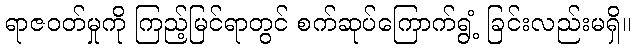
ရာဇဝတ်မှုကို ကြည့်မြင်ရာတွင် စက်ဆုပ်ကြောက်ရွံ့ ခြင်းလည်းမရှိ။